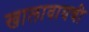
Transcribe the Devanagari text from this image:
खालावायची